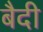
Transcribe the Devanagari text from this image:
बैदी